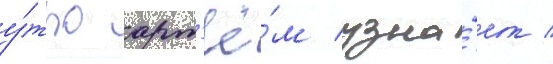
у́тро арт'ё́м узна́ет /